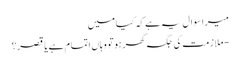
میرا سوال یہ ہے کہ کیا میں
- ملازمت کی جگہ گھر ہو تو وہاں اتمام ہے یا قصر؟